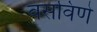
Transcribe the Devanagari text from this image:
वसविणे